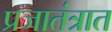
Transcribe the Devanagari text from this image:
प्रजातंत्रात